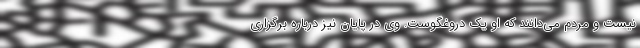
نیست و مردم می‌دانند که او یک دروغگوست. وی در پایان نیز درباره برگزاری